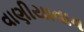
વાણીયાવાવ